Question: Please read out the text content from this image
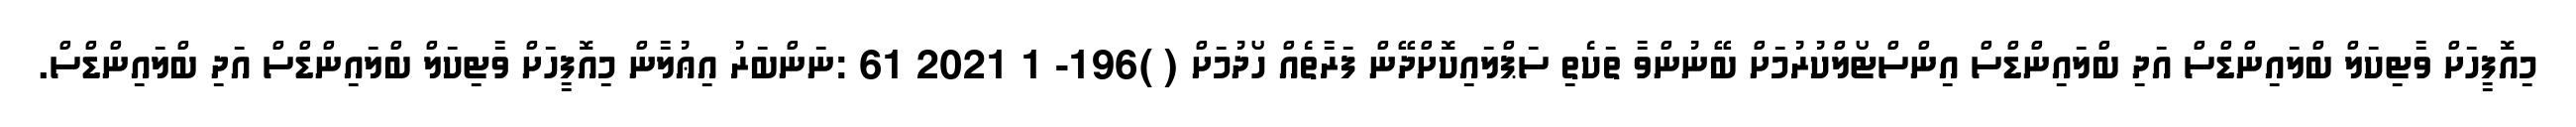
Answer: މިއޮފީހަށް ވާޓިކަލް ބްލައިންޑްސް އަދި ބްލައިންޑްސް އިންސްޓޯލްކުރުމަށް ބޭނުންވާ ތަކެތި ސަޕްލައިކޮށްދޭން ފަރާތެއް ހޯދުމަށް ( )196- 1 2021 61 :ނަންބަރު އިޢުލާން މިއޮފީހަށް ވާޓިކަލް ބްލައިންޑްސް އަދި ބްލައިންޑްސް.